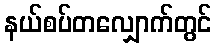
နယ်စပ်တလျှောက်တွင်